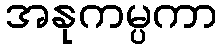
အနုကမ္ပကာ